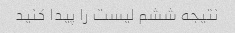
نتیجه ششم لیست را پیدا کنید